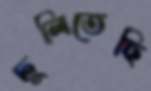
ঢুলিতেছি